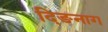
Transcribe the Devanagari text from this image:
दिङनाग